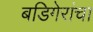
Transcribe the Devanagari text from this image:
बडिगेरांचा